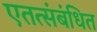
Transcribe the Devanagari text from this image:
एतत्संबंधित